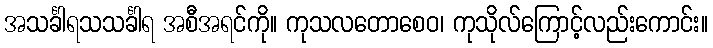
အသင်္ခါရသသင်္ခါရ အစီအရင်ကို။ ကုသလတောစေဝ၊ ကုသိုလ်ကြောင့်လည်းကောင်း။